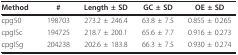
<table><thead><tr><td><b>Method</b></td><td><b>#</b></td><td><b>Length ± SD</b></td><td><b>GC ± SD</b></td><td><b>OE ± SD</b></td></tr></thead><tbody><tr><td>cpg50</td><td>198703</td><td>273.2 ± 246.4</td><td>63.8 ± 7.5</td><td>0.855 ± 0.265</td></tr><tr><td>cpgISc</td><td>194725</td><td>218.7 ± 200.1</td><td>65.6 ± 7.7</td><td>0.916 ± 0.273</td></tr><tr><td>cpgISg</td><td>204238</td><td>202.6 ± 183.8</td><td>66.3 ± 7.5</td><td>0.930 ± 0.274</td></tr></tbody></table>